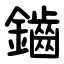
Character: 鑡